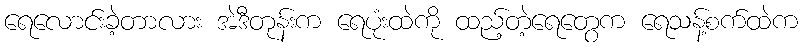
ရေလောင်းခဲ့တာလား အဲဒီတုန်းက ရေပုံးထဲကို ထည့်တဲ့ရေတွေက ရေသန့်စက်ထဲက